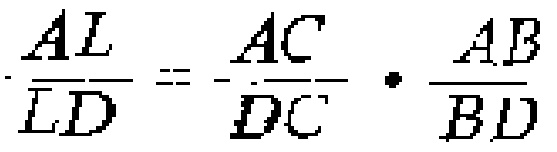
\(\frac{AL}{LD}=-\frac{AC}{DC}\cdot\frac{AB}{BD}\)